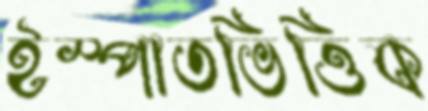
ইস্পাতভিত্তিক